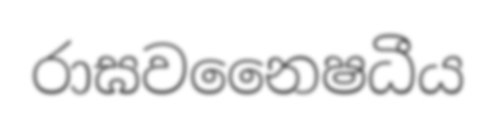
රාඝවනෛෂධීය